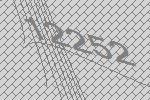
12252